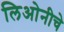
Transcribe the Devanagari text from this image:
लिओनीचे